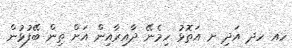
ހއ ހދ އަދި ށ އަތޮޅު ހިމެެނޭ ދާއިރާއިން އަށް ތިން ބޭފުޅުން